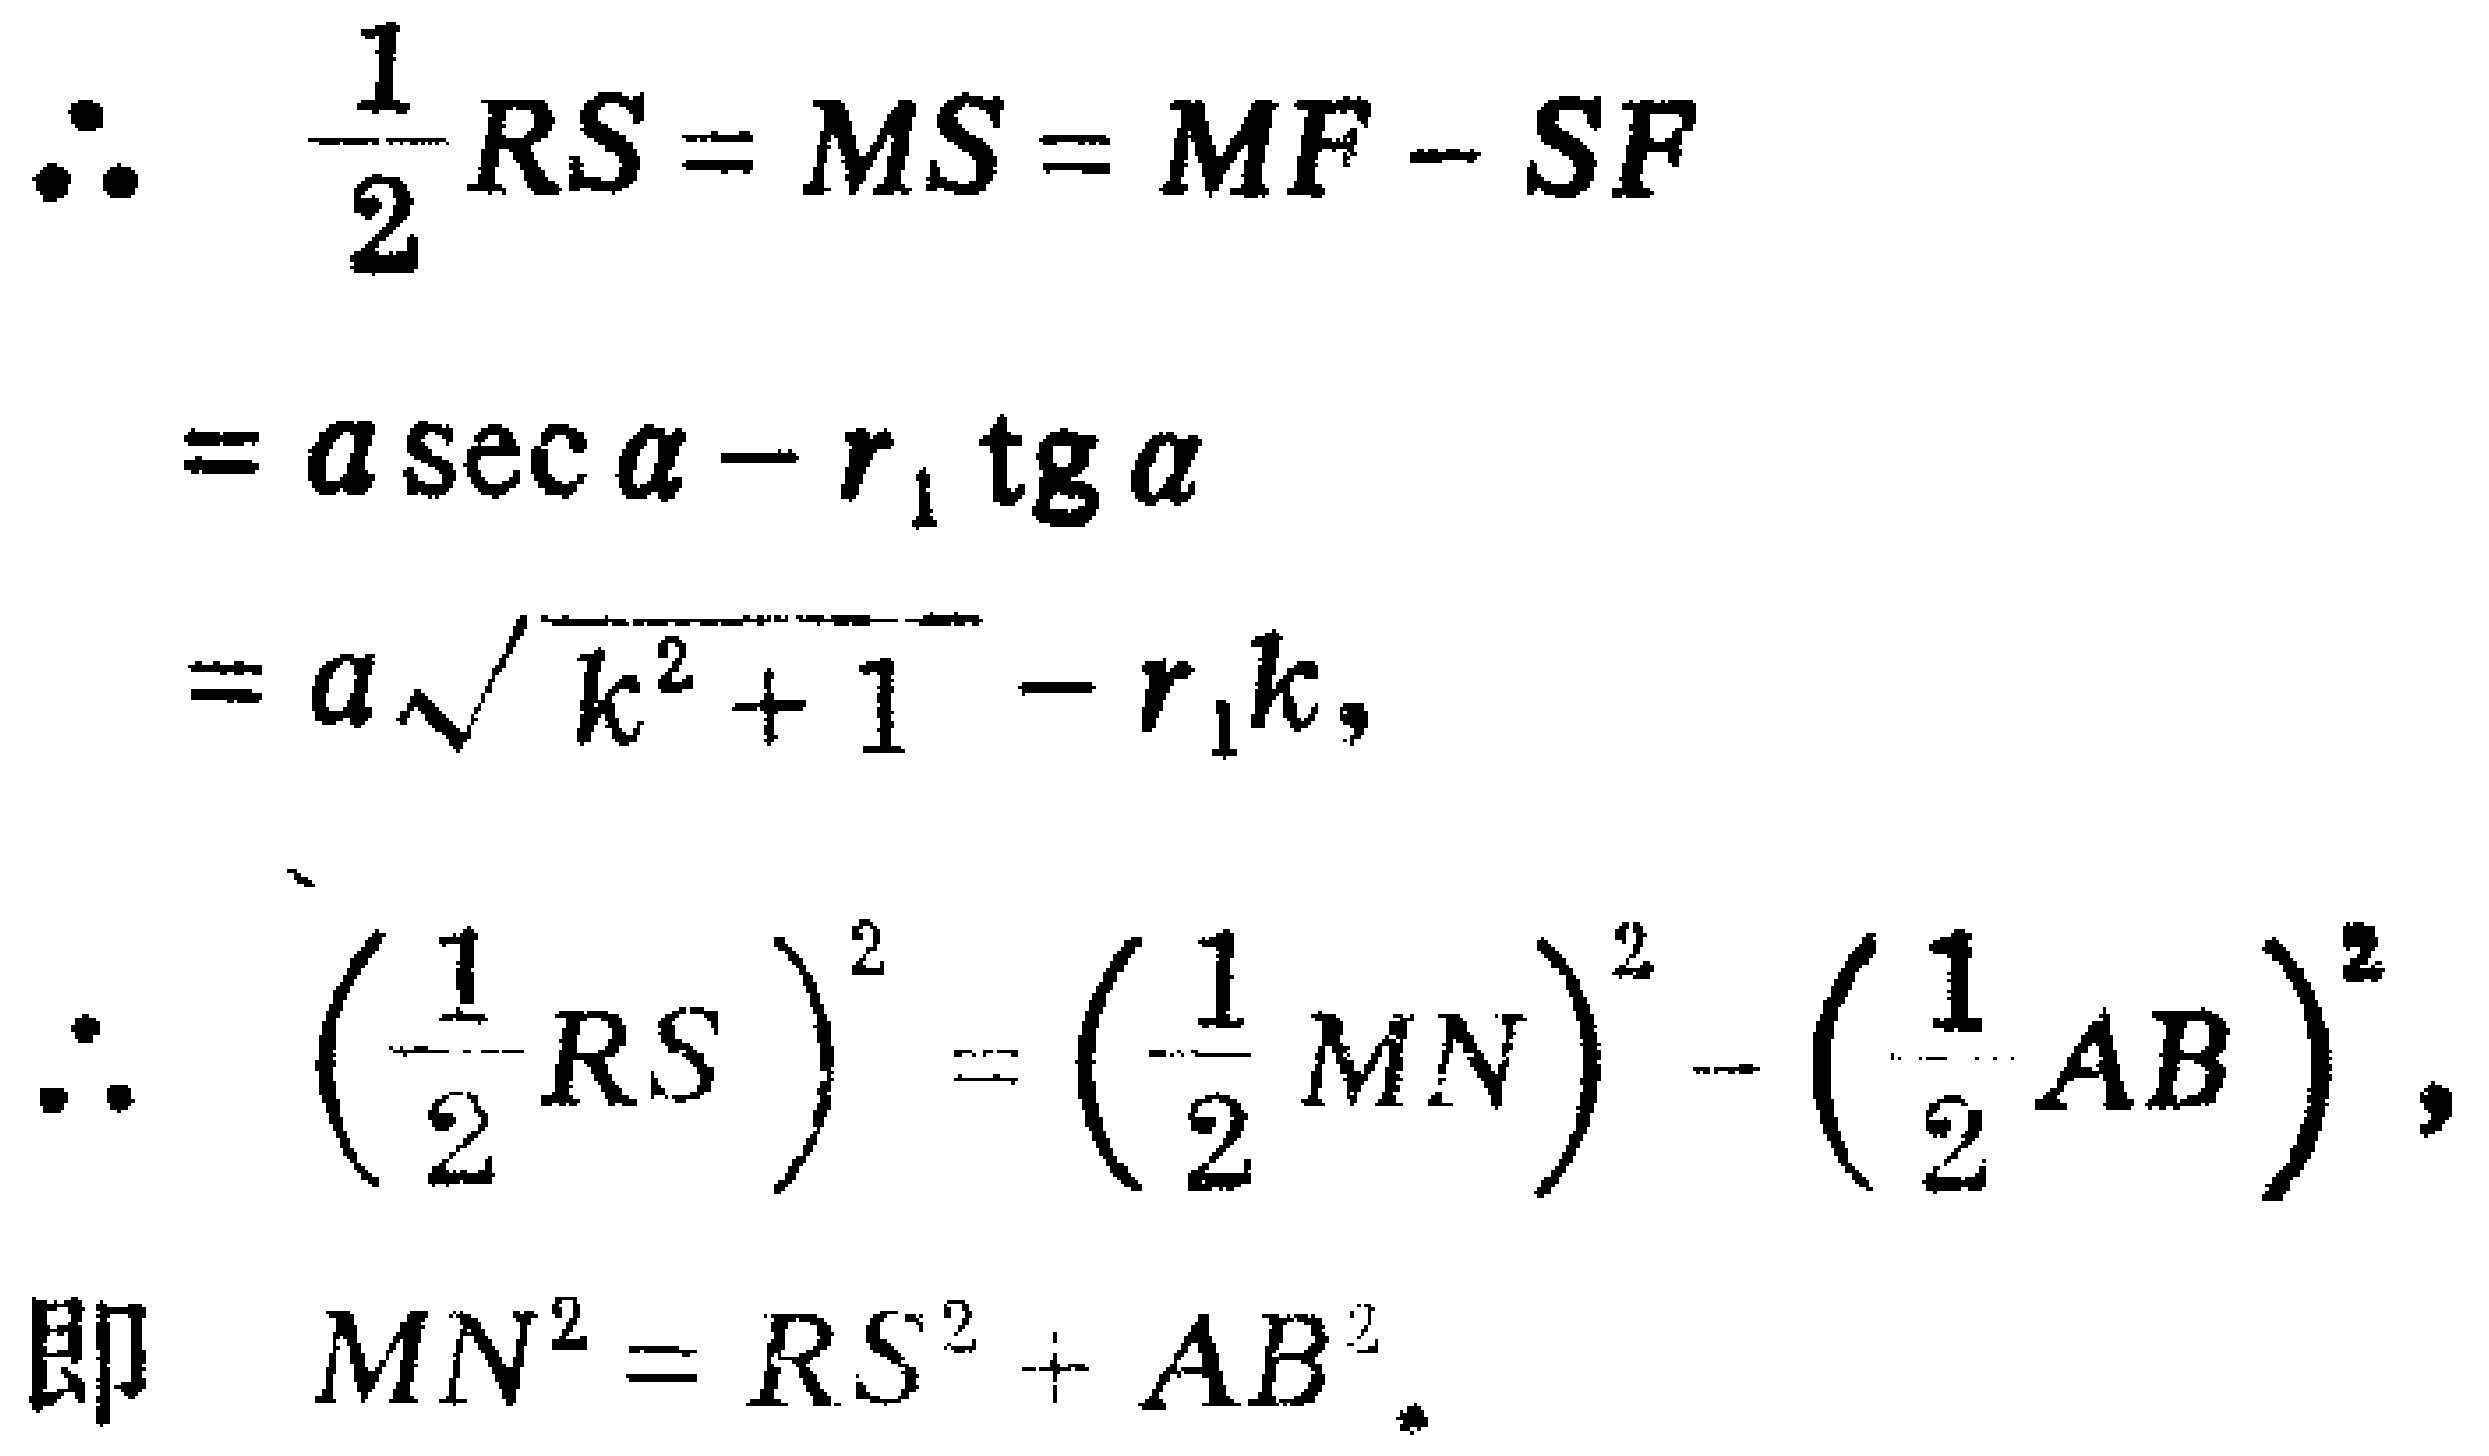
\begin{align*}
\therefore\quad &\frac{1}{2}RS = MS=MF - SF\\
&=a\sec\alpha - r_1\operatorname{tg}\alpha\\
&=a\sqrt{k^{2}+1}-r_1k,\\
\therefore\quad &\left(\frac{1}{2}RS\right)^{2}=\left(\frac{1}{2}MN\right)^{2}-\left(\frac{1}{2}AB\right)^{2},\\
\text{即}\quad &MN^{2}=RS^{2}+AB^{2}.
\end{align*}